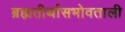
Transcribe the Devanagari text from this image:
ब्रह्मतीर्थासभोवताली